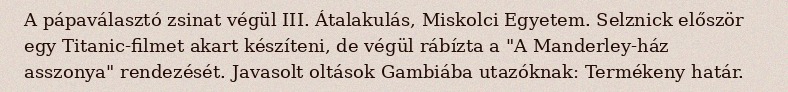
A pápaválasztó zsinat végül III. Átalakulás, Miskolci Egyetem. Selznick először egy Titanic-filmet akart készíteni, de végül rábízta a "A Manderley-ház asszonya" rendezését. Javasolt oltások Gambiába utazóknak: Termékeny határ.